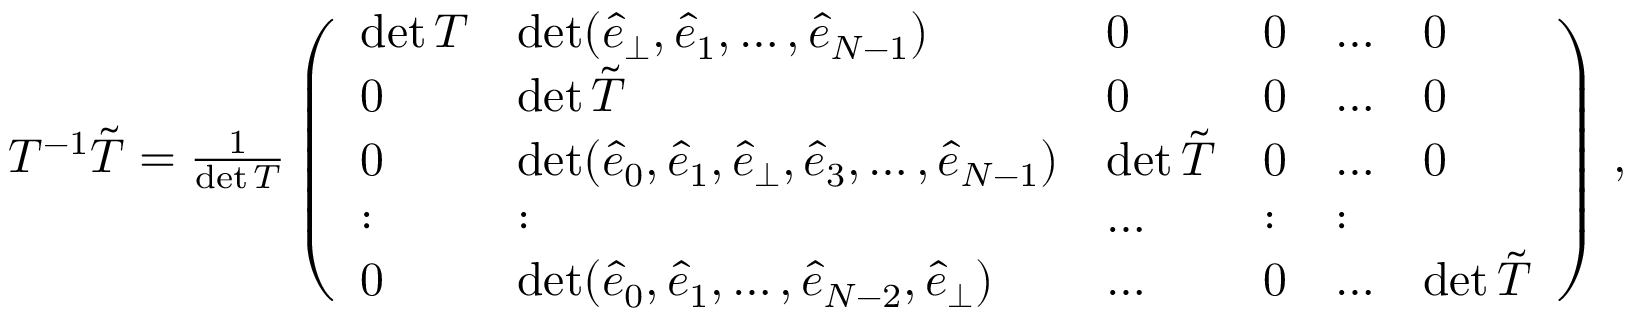
\begin{array} { r } { T ^ { - 1 } \tilde { T } = \frac { 1 } { \operatorname* { d e t } T } \left( \begin{array} { l l l l l l } { \operatorname* { d e t } T } & { \operatorname* { d e t } ( \hat { e } _ { \perp } , \hat { e } _ { 1 } , \dots , \hat { e } _ { N - 1 } ) } & { 0 } & { 0 } & { \dots } & { 0 } \\ { 0 } & { \operatorname* { d e t } \tilde { T } } & { 0 } & { 0 } & { \dots } & { 0 } \\ { 0 } & { \operatorname* { d e t } ( \hat { e } _ { 0 } , \hat { e } _ { 1 } , \hat { e } _ { \perp } , \hat { e } _ { 3 } , \dots , \hat { e } _ { N - 1 } ) } & { \operatorname* { d e t } \tilde { T } } & { 0 } & { \dots } & { 0 } \\ { : } & { : } & { \dots } & { : } & { : } \\ { 0 } & { \operatorname* { d e t } ( \hat { e } _ { 0 } , \hat { e } _ { 1 } , \dots , \hat { e } _ { { N } - 2 } , \hat { e } _ { \perp } ) } & { \dots } & { 0 } & { \dots } & { \operatorname* { d e t } \tilde { T } } \end{array} \right) \, , } \end{array}